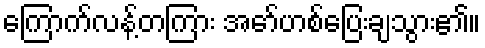
ကြောက်လန့်တကြား အော်ဟစ်ပြေးချသွား၏။